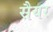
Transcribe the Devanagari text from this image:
सैयर